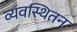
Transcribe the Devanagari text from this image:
व्यवस्थितन